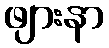
ဖျားနာ